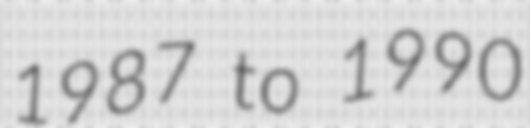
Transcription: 1987 to 1990